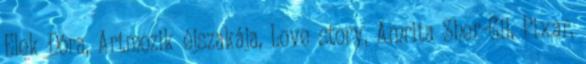
Elek Dóra, Artmozik éjszakája, Love story, Amrita Sher-Gil, Pixar,